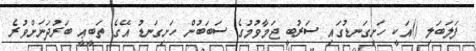
ފަލަބަލި ()އަކީ ހަށިގަނޑުގައި ސަރުބީ ޖަމާވުމުގެ ސަބަބުން ހަށިގަނޑު އޭގެ ތަބީޢީ ބަރުދަނަށްވުރެ